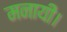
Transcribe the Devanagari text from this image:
मनायीं।